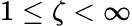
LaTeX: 1\leq\zeta<\infty